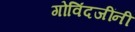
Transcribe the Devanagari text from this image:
गोविंदजींनी